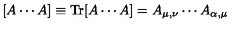
[ A \cdots A ] \equiv \mathrm { T r } [ A \cdots A ] = A _ { \mu , \nu } \cdots A _ { \alpha , \mu }